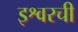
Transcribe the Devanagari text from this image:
इश्वरची